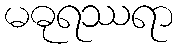
မဓုရဿရာ